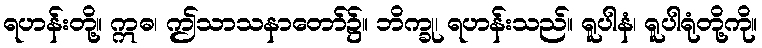
ရဟန်းတို့။ ဣဓ၊ ဤသာသနာတော်၌။ ဘိက္ခု၊ ရဟန်းသည်။ ရူပါနံ၊ ရူပါရုံတို့ကို။